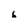
Character: 6